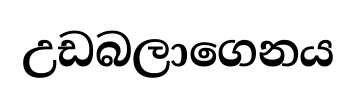
උඩබලාගෙනය